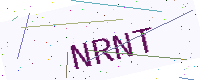
Text: NRNT